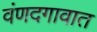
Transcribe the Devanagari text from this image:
वंणदगावात